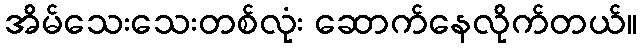
အိမ်သေးသေးတစ်လုံး ဆောက်နေလိုက်တယ်။